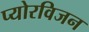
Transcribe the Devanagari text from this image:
प्योरविजन